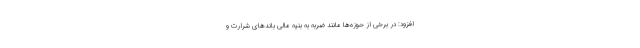
افزود: در برخی از حوزه‌ها مانند ضربه به بنیه مالی باندهای شرارت و